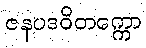
ဇနပဒဝိတက္ကော